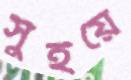
সুঁইয়ে